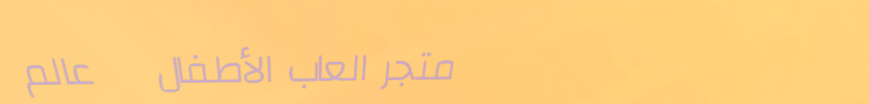
متجر العاب الأطفال   عالم